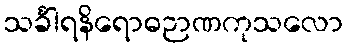
သင်္ခါရနိရောဓဉာဏကုသလော